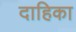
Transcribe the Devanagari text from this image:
दाहिका